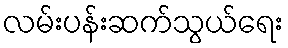
လမ်းပန်းဆက်သွယ်ရေး